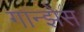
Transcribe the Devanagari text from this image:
गान्झेस